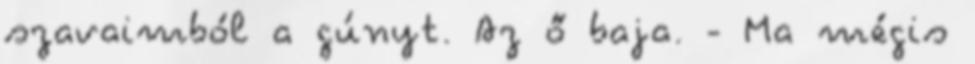
szavaimból a gúnyt. Az ő baja. - Ma mégis